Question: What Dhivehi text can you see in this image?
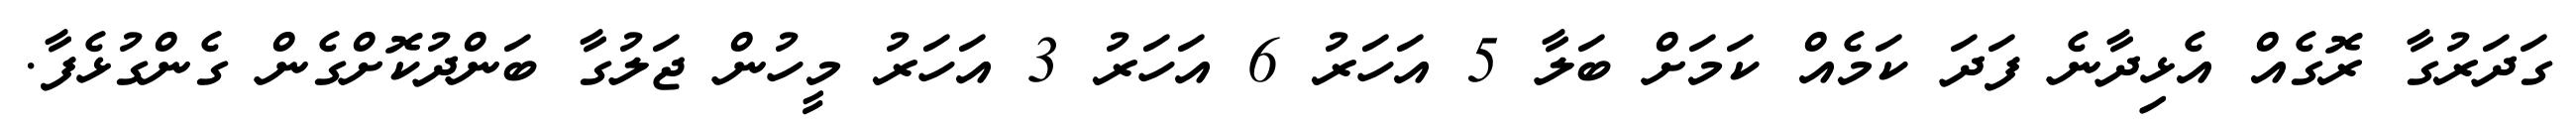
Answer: ގަދަރުގާ ރޮގެއް އެޅިދާނެ ފަދަ ކަމެއް ކަމަށް ބަލާ 5 އަހަރު 6 އަހަރު 3 އަހަރު މީހުން ޖަލުގާ ބަންދުކޮށްގެން ގެންގުޅެފާ.